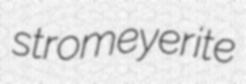
stromeyerite